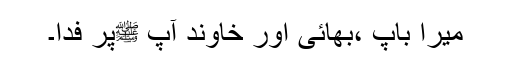
میرا باپ ،بھائی اور خاوند آپ ﷺپر فدا۔